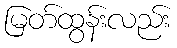
မြတ်ထွန်းလည်း